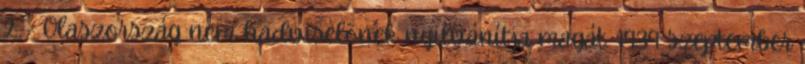
2. - Olaszország nem hadviselõnek nyilvánítja magát. 1939 szeptember